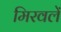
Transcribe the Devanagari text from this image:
मिरवलें